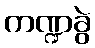
ကဏ္ဍခွဲ